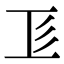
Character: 𢒄